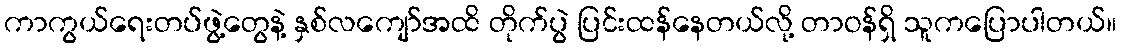
ကာကွယ်ရေးတပ်ဖွဲ့တွေနဲ့ နှစ်လကျော်အထိ တိုက်ပွဲ ပြင်းထန်နေတယ်လို့ တာဝန်ရှိ သူကပြောပါတယ်။